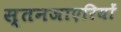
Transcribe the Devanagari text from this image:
स्तनजाएरियों